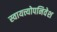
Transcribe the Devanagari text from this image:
स्वायत्त्योपनिवेश